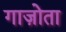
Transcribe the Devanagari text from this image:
गाज़ोता